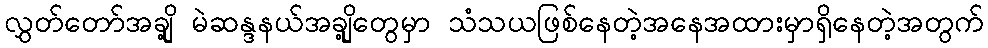
လွှတ်တော်အချို့ မဲဆန္ဒနယ်အချို့တွေမှာ သံသယဖြစ်နေတဲ့အနေအထားမှာရှိနေတဲ့အတွက်